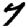
Digit: 7